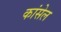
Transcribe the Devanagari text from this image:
कांसेल